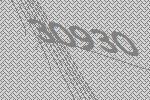
30930